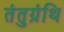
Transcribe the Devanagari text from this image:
तंतुग्रंथि